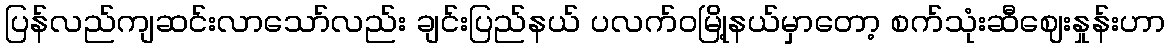
ပြန်လည်ကျဆင်းလာသော်လည်း ချင်းပြည်နယ် ပလက်ဝမြို့နယ်မှာတော့ စက်သုံးဆီဈေးနှုန်းဟာ